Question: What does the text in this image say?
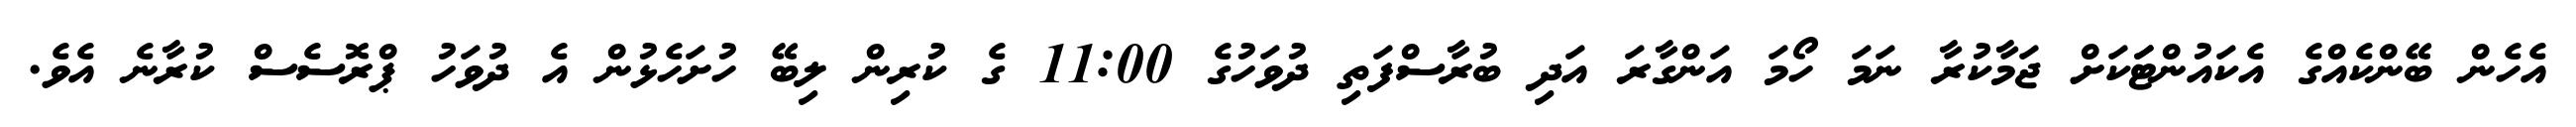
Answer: އެހެން ބޭންކެއްގެ އެކައުންޓަަކަށް ޖަމާކުރާ ނަމަ ހޯމަ އަންގާރަ އަދި ބުރާސްފަތި ދުވަހުގެ 11:00 ގެ ކުރިން ލިބޭ ހުށަހެޅުން އެ ދުވަހު ޕްރޮސެސް ކުރާނެ އެވެ.